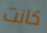
كانت